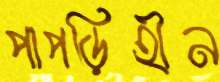
পাপড়িহীন